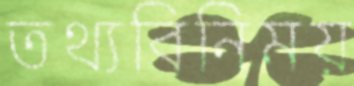
তথ্যবিনিময়